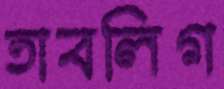
তাবলিগ